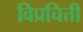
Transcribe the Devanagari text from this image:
विप्रचित्ती